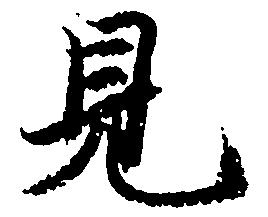
見